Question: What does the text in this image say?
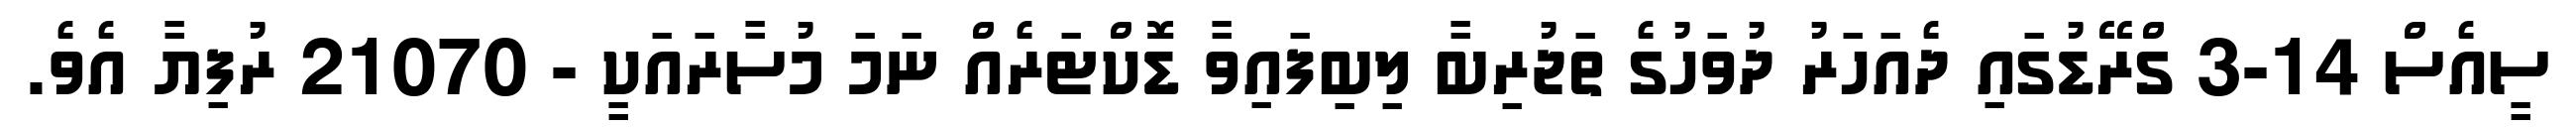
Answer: ސީއެސް 14-3 ގްރޭޑުގައި ދެއަހަރު ދުވަހުގެ ތަޖުރިބާ ލިބިފައިވާ ޑޮކްޓަރެއް ނަމަ މުސާރައަކީ - 21070 ރުފިޔާ އެވެ.